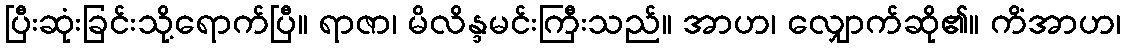
ပြီးဆုံးခြင်းသို့ရောက်ပြီ။ ရာဇာ၊ မိလိန္ဒမင်းကြီးသည်။ အာဟ၊ လျှောက်ဆို၏။ ကိံအာဟ၊